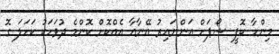
މިންހާ ކޮފީ ޝޯޕަށް އަންނައިރު އޭނާއާ އެއްކޮށް ކޮންމެ ދުވަހަކު ކަހަލަ ގޮ